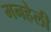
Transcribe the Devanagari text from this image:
मनहेली